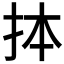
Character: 𢫆